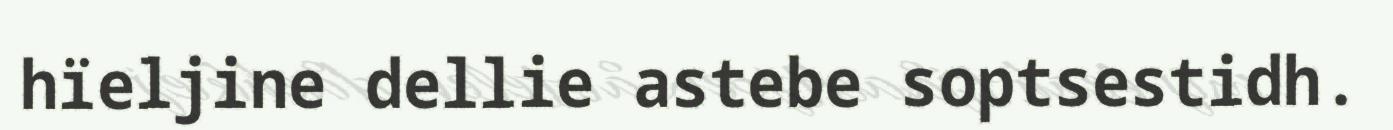
hïeljine dellie astebe soptsestidh.